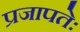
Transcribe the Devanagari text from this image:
प्रजापतेः